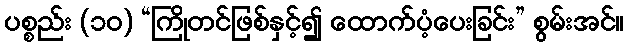
ပစ္စည်း (၁၀) “ကြိုတင်ဖြစ်နှင့်၍ ထောက်ပံ့ပေးခြင်း” စွမ်းအင်။